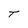
Character: T